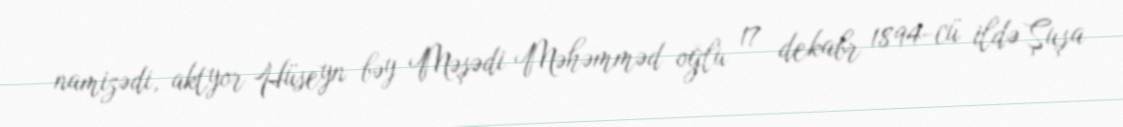
namizədi, aktyor Hüseyn bəy Məşədi Məhəmməd oğlu 17 dekabr 1894-cü ildə Şuşa